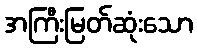
အကြီးမြတ်ဆုံးသော